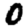
Digit: 0